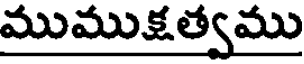
ముముక్షత్వము